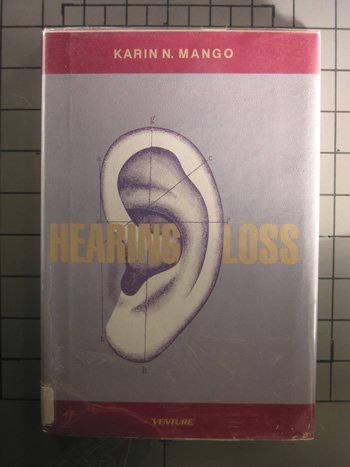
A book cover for Hearing Loss (Venture Book); Karen N. Mango; Teen & Young Adult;